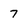
Character: 7